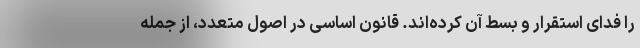
را فدای استقرار و بسط آن کرده‌اند. قانون اساسی در اصول متعدد، از جمله